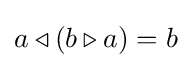
a\triangleleft (b\triangleright a)=b